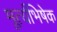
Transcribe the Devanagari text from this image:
मूर्त्यभिषेक